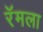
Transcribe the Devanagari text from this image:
रॅमला